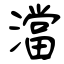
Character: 澢